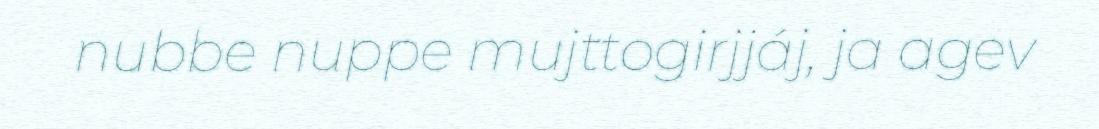
nubbe nuppe mujttogirjjáj, ja agev